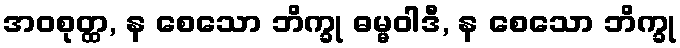
အဝစုတ္ထ, န စေသော ဘိက္ခု ဓမ္မဝါဒီ, န စေသော ဘိက္ခု